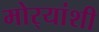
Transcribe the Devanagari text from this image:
मोर्‍यांशी